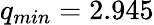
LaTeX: q_{min}=2.945